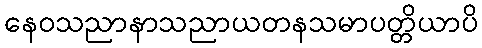
နေဝသညာနာသညာယတနသမာပတ္တိယာပိ